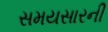
સમયસારની